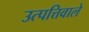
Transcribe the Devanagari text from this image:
उत्पत्तिवाले